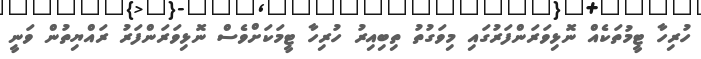
ހުރިހާ ޓީމުތަކެއް ނޮޅިވަރަންފަރުގައި މިވަގުތު ތިބިއިރު ހުރިހާ ޓީމަކަށްވެސް ނޮޅިވަރަންފަރު ރައްޔިތުން ވަނީ